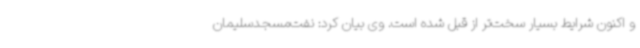
و اکنون شرایط بسیار سخت‌تر از قبل شده است. وی بیان کرد: نفت‌مسجدسلیمان